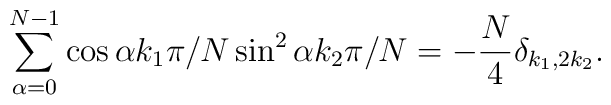
\sum_{\alpha=0}^{N-1} \cos \alpha k_1 \pi/N \sin^2 \alpha k_2 \pi/N= - \frac{N}{4} \delta_{k_1,2k_2}.